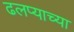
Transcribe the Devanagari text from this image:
ढलप्याच्या